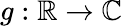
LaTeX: g:\mathbb{R}\to\mathbb{C}